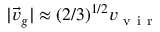
| \vec { v } _ { g } | \approx ( 2 / 3 ) ^ { 1 / 2 } v _ { \mathrm { ~ v ~ i ~ r ~ } }